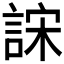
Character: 𰴺